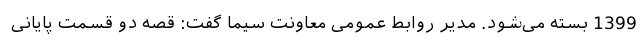
1399 بسته می‌شود. مدیر روابط عمومی معاونت سیما گفت: قصه دو قسمت پایانی